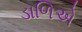
ડાળિએ